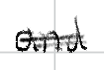
Text: and
Cross-out: double-line
Writing tool: digital_black